Vaccination North-Western Provinces and Oudh 1896-1901 - 1896-1901
Year: 1896
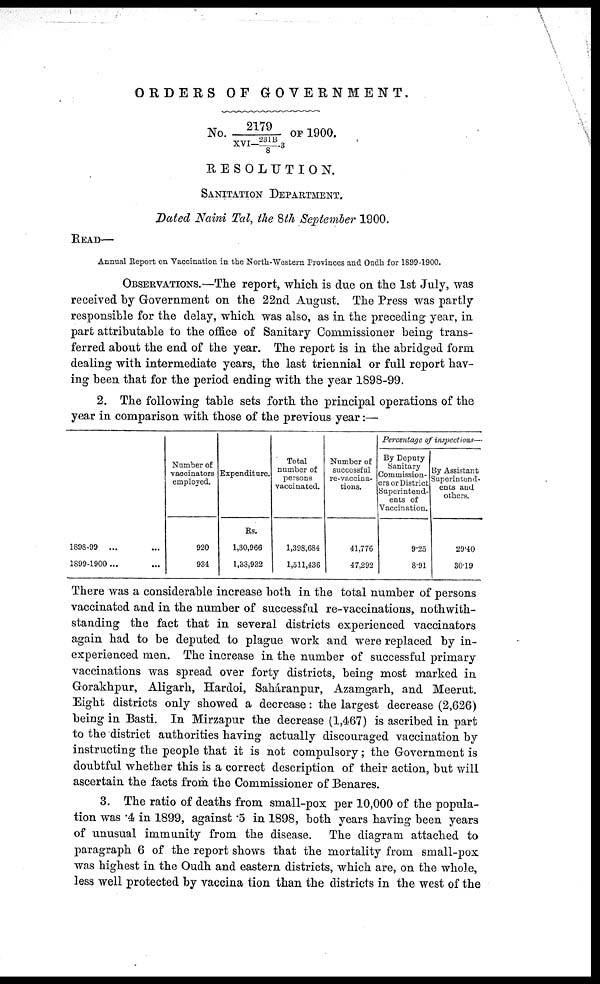
ORDERS OF GOVERNMENT.
No. 2179/XVI—221B/8-3
OF
1900.
RESOLUTION.
SANITATION DEPARTMENT.
Dated Naini Tal, the 8th September 1900.
READ—
Annual Report on Vaccination in the North-Western Provinces and Oudh for 1899-1900.
OBSERVATIONS.—The report, which is due on the 1st July, was
received by Government on the 22nd August. The Press was partly
responsible for the delay, which was also, as in the preceding year, in
part attributable to the office of Sanitary Commissioner being trans-
ferred about the end of the year. The report is in the abridged form
dealing with intermediate years, the last triennial or full report hav-
ing been that for the period ending with the year 1898-99.
2. The following table sets forth the principal operations of the
year in comparison with those of the previous year:—
1898-99 ...
1899-1900 ...
Number of
vaccinators
employed.
920
931
Expenditure.
Rs.
1,30,966
1,33,932
Total
number of
persons
vaccinated.
1,398,684
1,511,436
Number of
successful
re-vaccina-
tions.
41,776
47,292
Percentage of inspections—
By Deputy
Sanitary
Commission-
ers or District
Superintend-
ents of
Vaccination.
9.25
8.91
By Assistant
Superintend-
ents and
others.
29.40
30.19
There was a considerable increase both in the total number of persons
vaccinated and in the number of successful re-vaccinations, nothwith-
standing the fact that in several districts experienced vaccinators
again had to be deputed to plague work and were replaced by in-
experienced men. The increase in the number of successful primary
vaccinations was spread over forty districts, being most marked in
Gorakhpur, Aligarh, Hardoi, Saháranpur, Azamgarh, and Meerut.
Eight districts only showed a decrease: the largest decrease (2,626)
being in Basti. In Mirzapur the decrease (1,467) is ascribed in part
to the district authorities having actually discouraged vaccination by
instructing the people that it is not compulsory; the Government is
doubtful whether this is a correct description of their action, but will
ascertain the facts from the Commissioner of Benares.
3. The ratio of deaths from small-pox per 10,000 of the popula-
tion was .4 in 1899, against .5 in 1898, both years having been years
of unusual immunity from the disease. The diagram attached to
paragraph 6 of the report shows that the mortality from small-pox
was highest in the Oudh and eastern districts, which are, on the whole,
less well protected by vaccina tion than the districts in the west of the